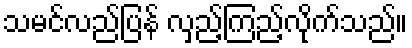
သမင်လည်ပြန် လှည့်ကြည့်လိုက်သည်။